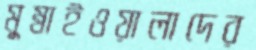
মুম্বাইওয়ালাদের